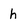
Character: h